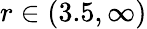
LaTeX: r\in(3.5,\infty)